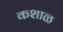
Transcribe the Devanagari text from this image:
कशाळ